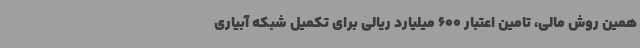
همین روش مالی، تامین اعتبار 600 میلیارد ریالی برای تکمیل شبکه آبیاری